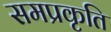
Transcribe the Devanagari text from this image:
समप्रकृति